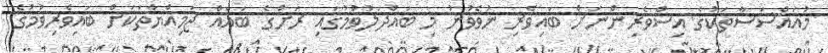
މުއައްސަސާތަކުގެ އިސްވެރިންނަށް ބައިވެރި ނުވެވުނު މި ބައްދަލުވުމުގައި ރަށުގެ ބައެއް ޖަމިއްޔާތަކަށް ބައިވެރިވުމުގެ